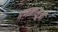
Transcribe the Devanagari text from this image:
गणनासूत्रों